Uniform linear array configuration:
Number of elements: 32
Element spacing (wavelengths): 1
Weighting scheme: exponential
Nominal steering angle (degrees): -60
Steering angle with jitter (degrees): -58.77
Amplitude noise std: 0.05
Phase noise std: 0.05

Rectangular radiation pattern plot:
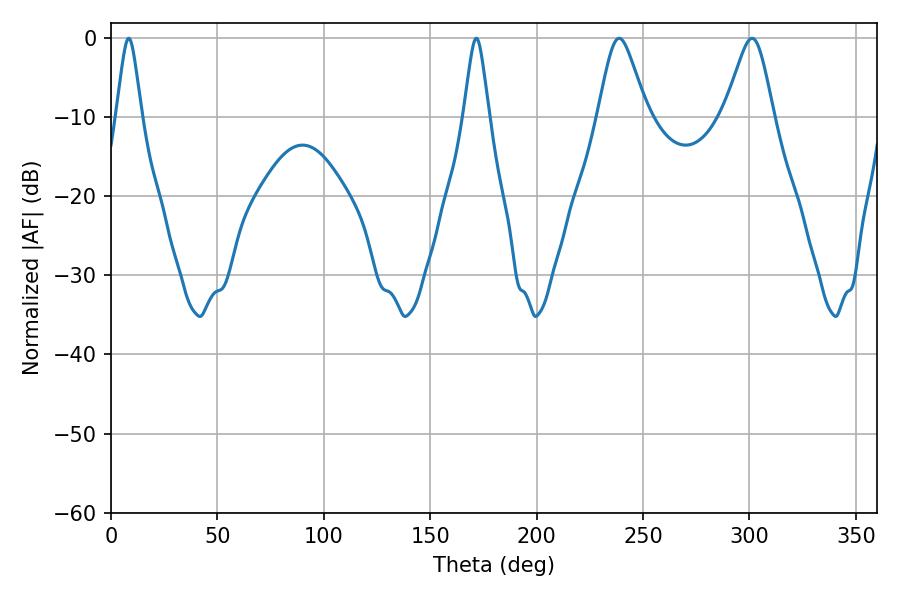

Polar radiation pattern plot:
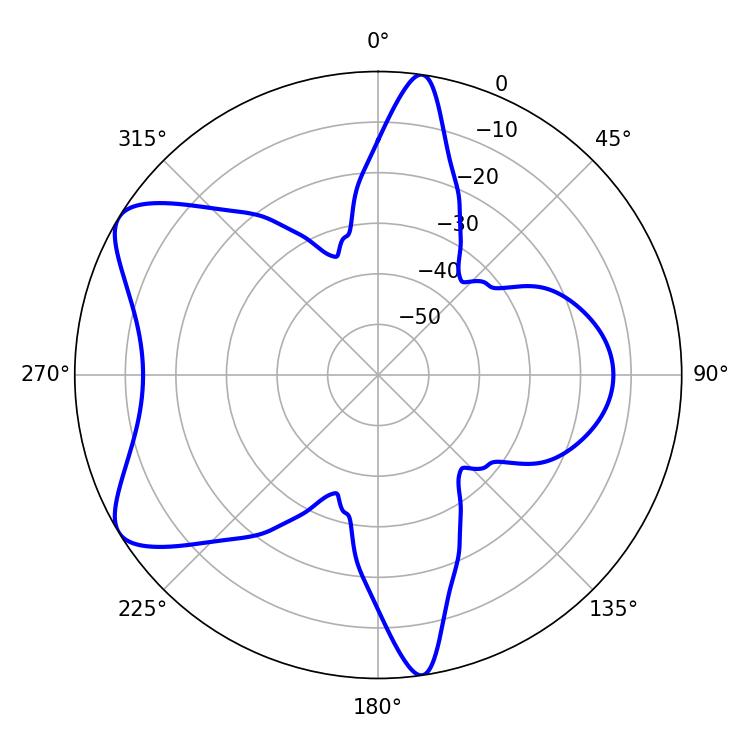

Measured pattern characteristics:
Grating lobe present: TRUE
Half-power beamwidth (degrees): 11.16
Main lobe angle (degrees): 238.68